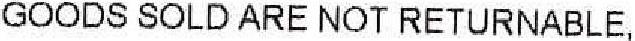
GOODS SOLD ARE NOT RETURNABLE,